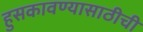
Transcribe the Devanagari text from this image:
हुसकावण्यासाठीची